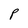
Character: P